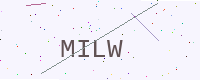
Text: MILW